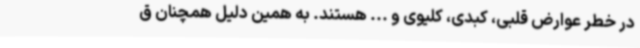
در خطر عوارض قلبی، کبدی، کلیوی و ... هستند. به همین دلیل همچنان ق